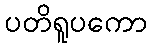
ပတိရူပကော